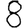
Digit: 8